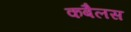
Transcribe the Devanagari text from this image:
कबैलस